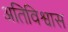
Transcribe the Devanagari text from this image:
अतिविश्वास